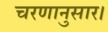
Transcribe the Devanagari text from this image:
चरणानुसार।